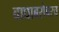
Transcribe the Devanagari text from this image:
वाघाबरोबरच